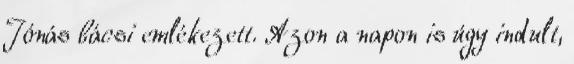
Jónás bácsi emlékezett. Azon a napon is úgy indult,